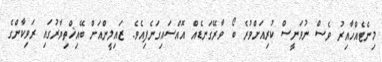
މިނެޓެއްހާއިރު ވެސް ނުވަނީސް ކުރިއަށްވުރެ ބޯ ވާރޭގަނޑެއް އޮއްސައިގަނެފިއެވެ. ޒައިލީންއަށް ބޭއިޚްތިޔާރުގައި ރަވިކާންގެ